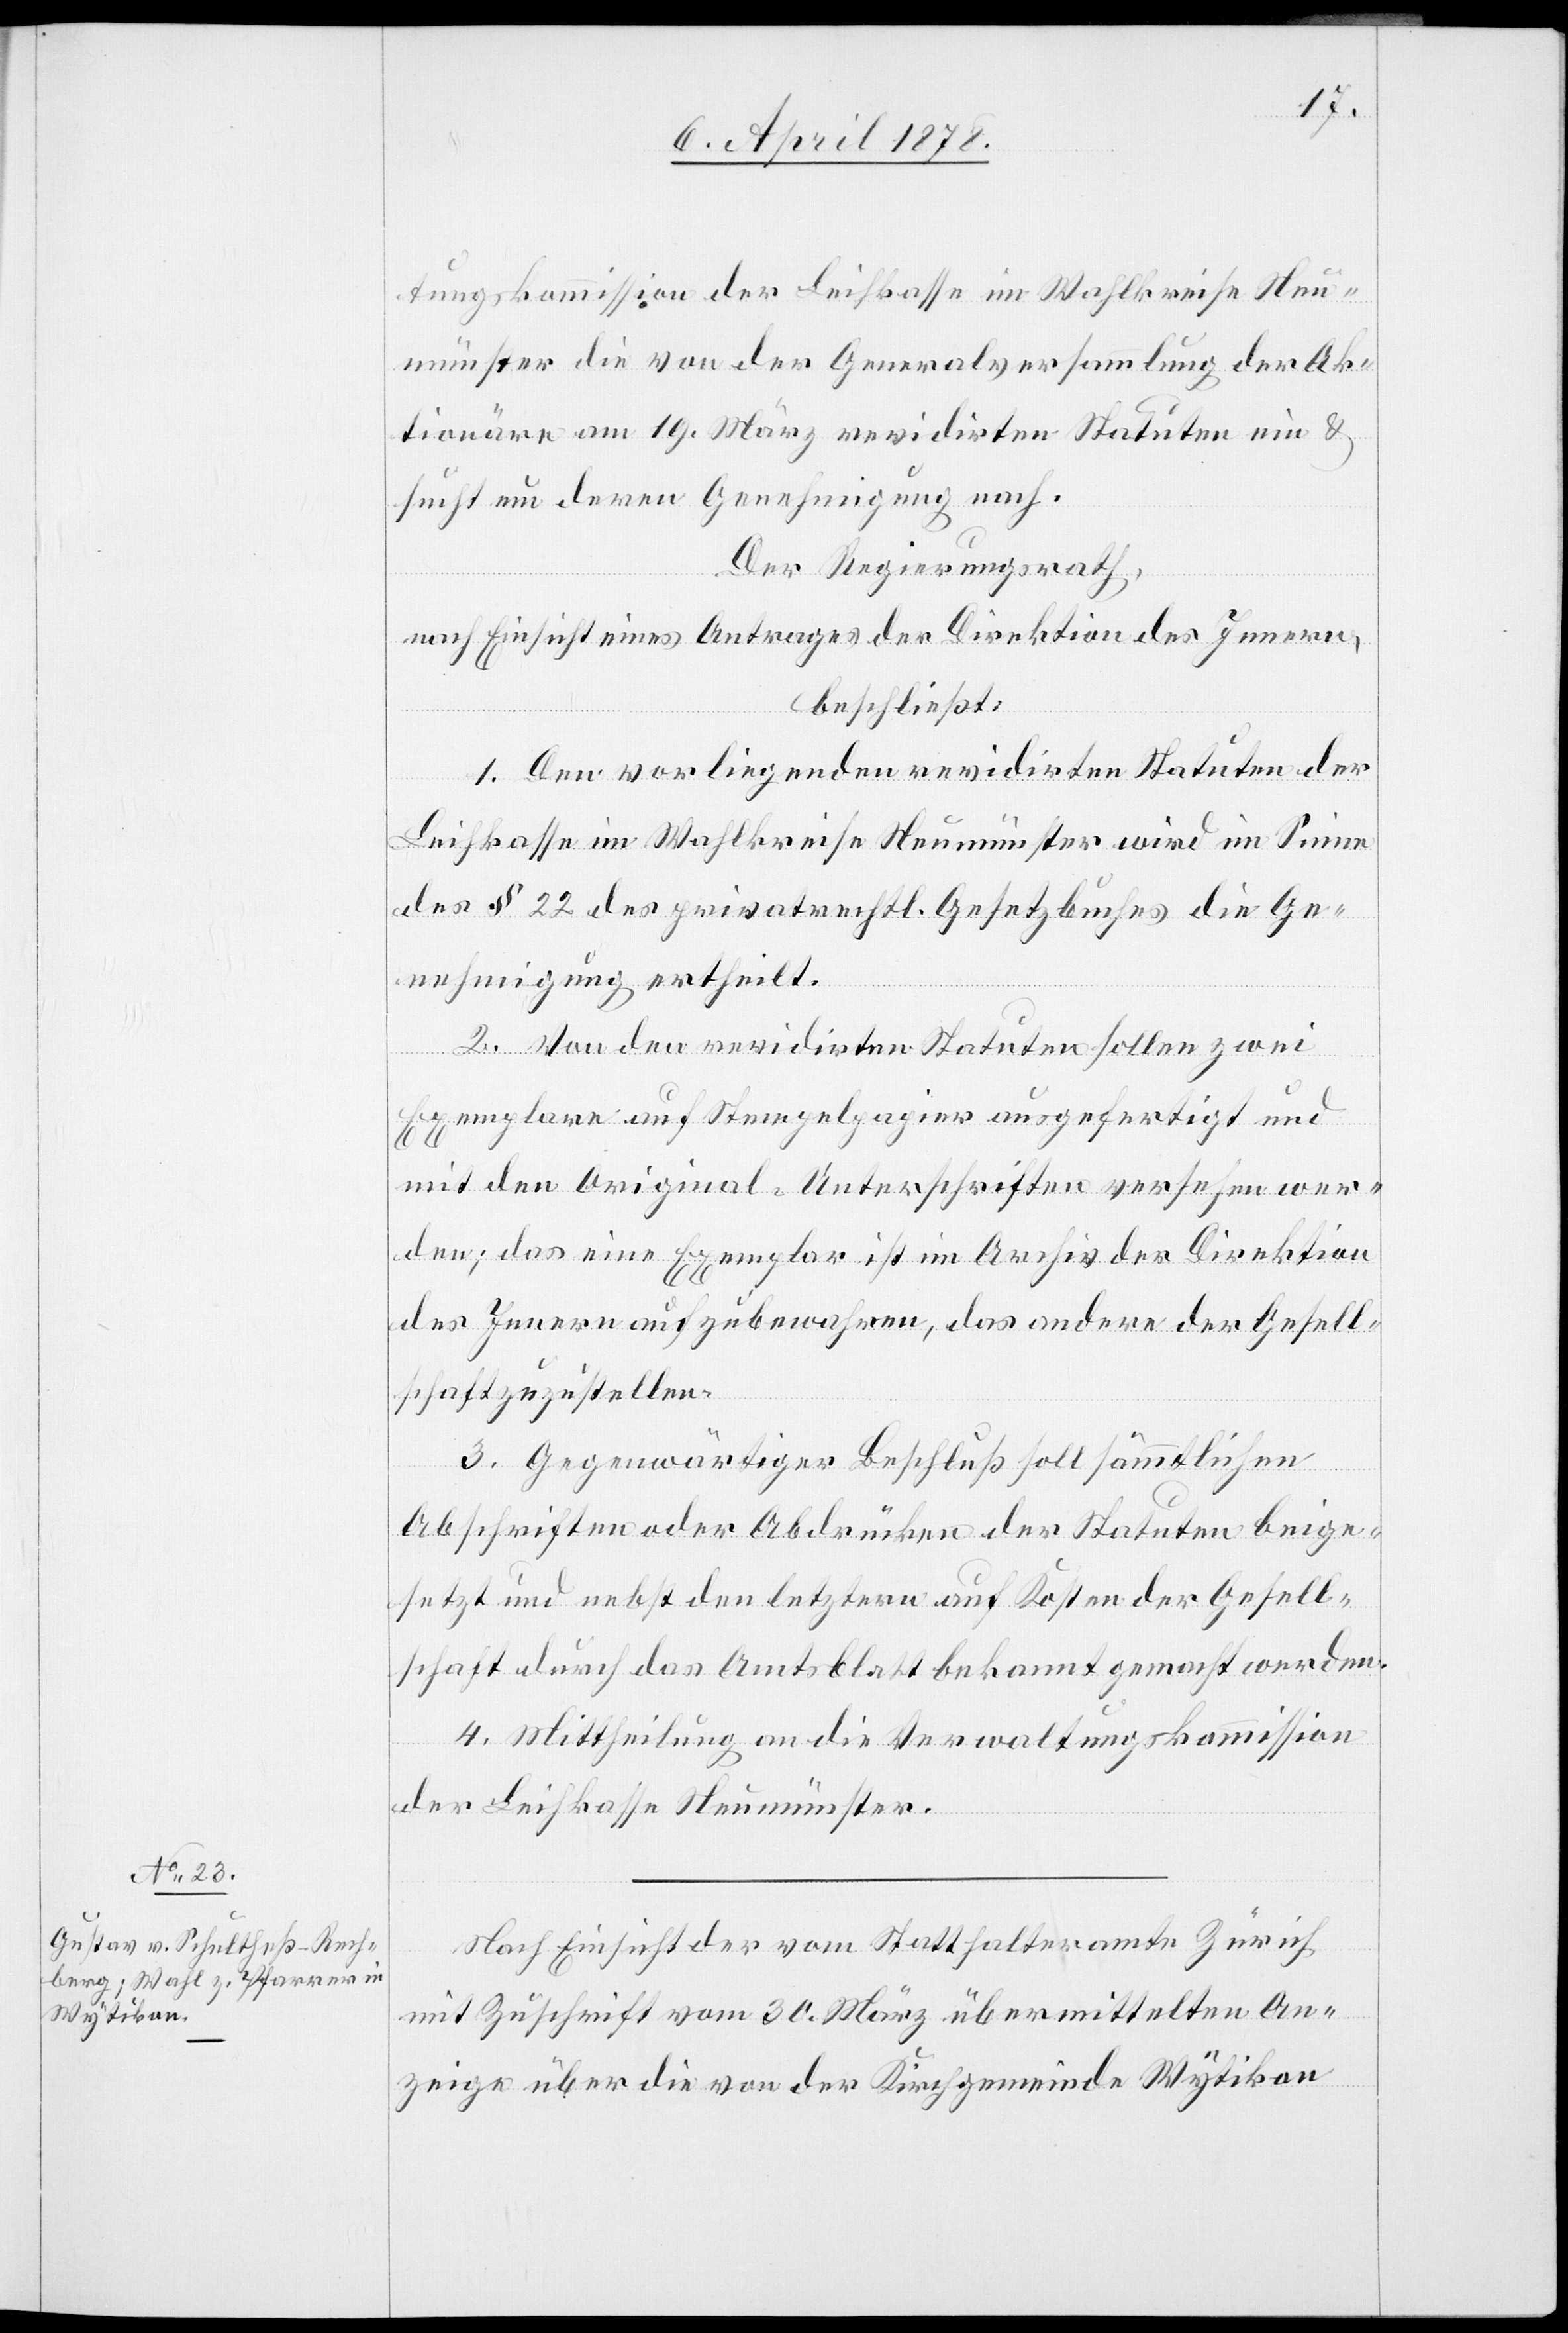
tungskommission der Leihkasse im Wahlkreise Neu¬
münster die von der Generalversammlung der Ak¬
tionäre am 19. März revidirten Statuten ein &
sucht um deren Genehmigung nach.
Der Regierungsrath,
nach Einsicht eines Antrages der Direktion des Innern,
beschließt:
1. Den vorliegenden revidirten Statuten der
Leihkasse im Wahlkreise Neumünster wird im Sinne
des § 22 des privatrechtl. Gesetzbuches die Ge¬
nehmigung ertheilt.
2. Von den revidirten Statuten sollen zwei
Exemplare auf Stempelpapier ausgefertigt und
mit den Original-Unterschriften versehen wer¬
den; das eine Exemplar ist im Archiv der Direktion
des Innern aufzubewahren, das andere der Gesell¬
schaft zuzustellen.
3. Gegenwärtiger Beschluß soll sämmtlichen
Abschriften oder Abdrücken der Statuten beige¬
setzt und nebst den letztern auf Kosten der Gesell¬
schaft durch das Amtsblatt bekannt gemacht werden.
4. Mittheilung an die Verwaltungskommission
der Leihkasse Neumünster.
Nach Einsicht der vom Statthalteramte Zürich
mit Zuschrift vom 30. März übermittelten An¬
zeige über die von der Kirchgemeinde Wytikon